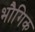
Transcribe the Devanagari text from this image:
भौगिक